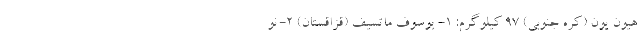
هیون یون (کره جنوبی) ۹۷ کیلوگرم: ۱- یوسوف ماتسیف (قزاقستان) ۲- نو